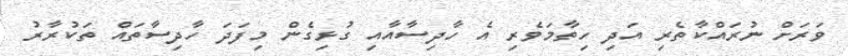
ވަރަށް ނުރައްކާތެރި އަދި ހިތާމަވެރި އެ ހާދިސާއާއި ގުޅިގެން މިފަދަ ހާދިސާތައް ތަކުރާރު